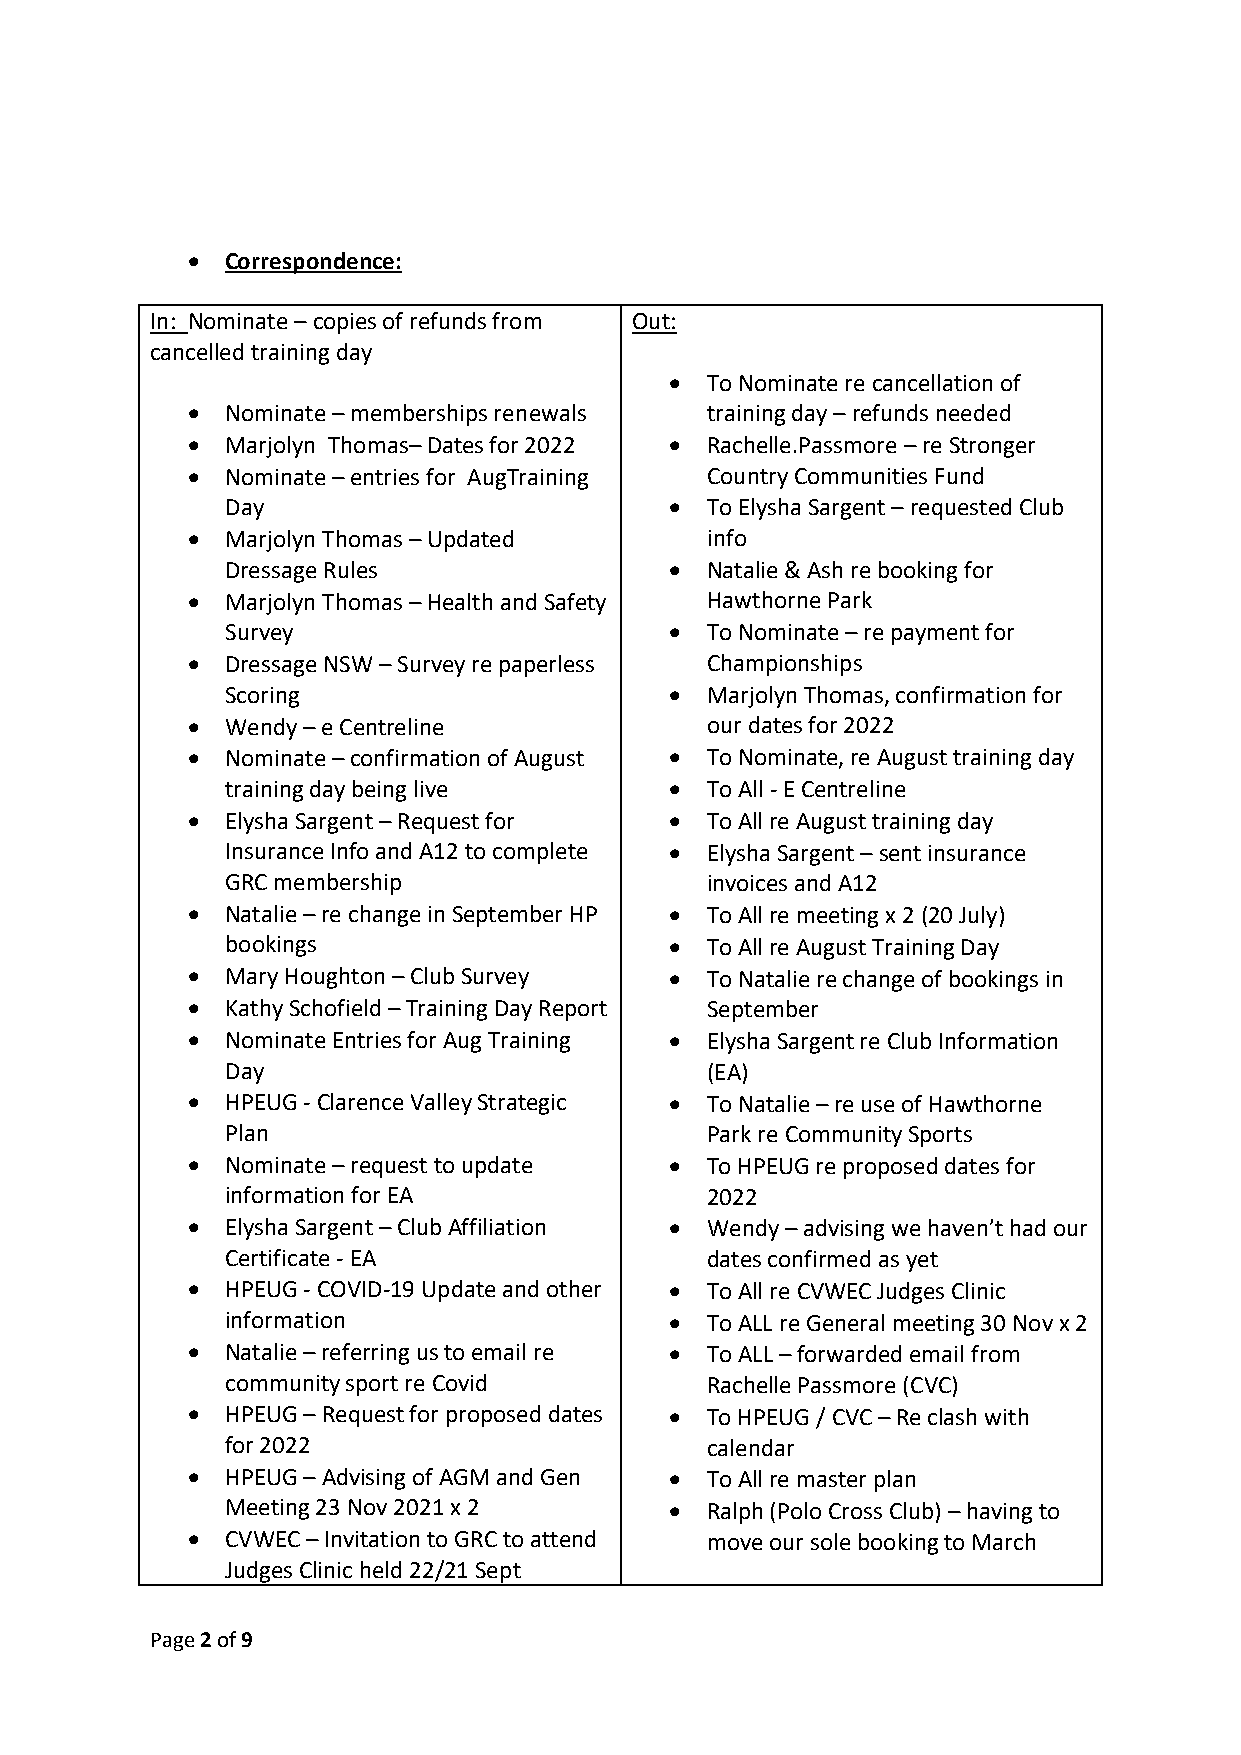
  Correspondence:
 In: Nominate – copies of refunds from Out:
 cancelled training day
   To Nominate re cancellation of
   Nominate – memberships renewals training day – refunds needed
   Marjolyn Thomas– Dates for 2022  Rachelle.Passmore – re Stronger
   Nominate – entries for AugTraining Country Communities Fund
 Day                            To Elysha Sargent – requested Club
   Marjolyn Thomas – Updated       info
 Dressage Rules                 Natalie & Ash re booking for
   Marjolyn Thomas – Health and Safety Hawthorne Park
 Survey                         To Nominate – re payment for
   Dressage NSW – Survey re paperless Championships
 Scoring                        Marjolyn Thomas, confirmation for
   Wendy – e Centreline            our dates for 2022
   Nominate – confirmation of August  To Nominate, re August training day
 training day being live        To All - E Centreline
   Elysha Sargent – Request for   To All re August training day
 Insurance Info and A12 to complete  Elysha Sargent – sent insurance
 GRC membership                  invoices and A12
   Natalie – re change in September HP  To All re meeting x 2 (20 July)
 bookings                       To All re August Training Day
   Mary Houghton – Club Survey    To Natalie re change of bookings in
   Kathy Schofield – Training Day Report September
   Nominate Entries for Aug Training  Elysha Sargent re Club Information
 Day                             (EA)
   HPEUG - Clarence Valley Strategic  To Natalie – re use of Hawthorne
 Plan                            Park re Community Sports
   Nominate – request to update   To HPEUG re proposed dates for
 information for EA              2022
   Elysha Sargent – Club Affiliation  Wendy – advising we haven’t had our
 Certificate - EA                dates confirmed as yet
   HPEUG - COVID-19 Update and other  To All re CVWEC Judges Clinic
 information                    To ALL re General meeting 30 Nov x 2
   Natalie – referring us to email re  To ALL – forwarded email from
 community sport re Covid        Rachelle Passmore (CVC)
   HPEUG – Request for proposed dates  To HPEUG / CVC – Re clash with
 for 2022                        calendar
   HPEUG – Advising of AGM and Gen  To All re master plan
 Meeting 23 Nov 2021 x 2        Ralph (Polo Cross Club) – having to
   CVWEC – Invitation to GRC to attend move our sole booking to March
 Judges Clinic held 22/21 Sept
 Page 2 of 9